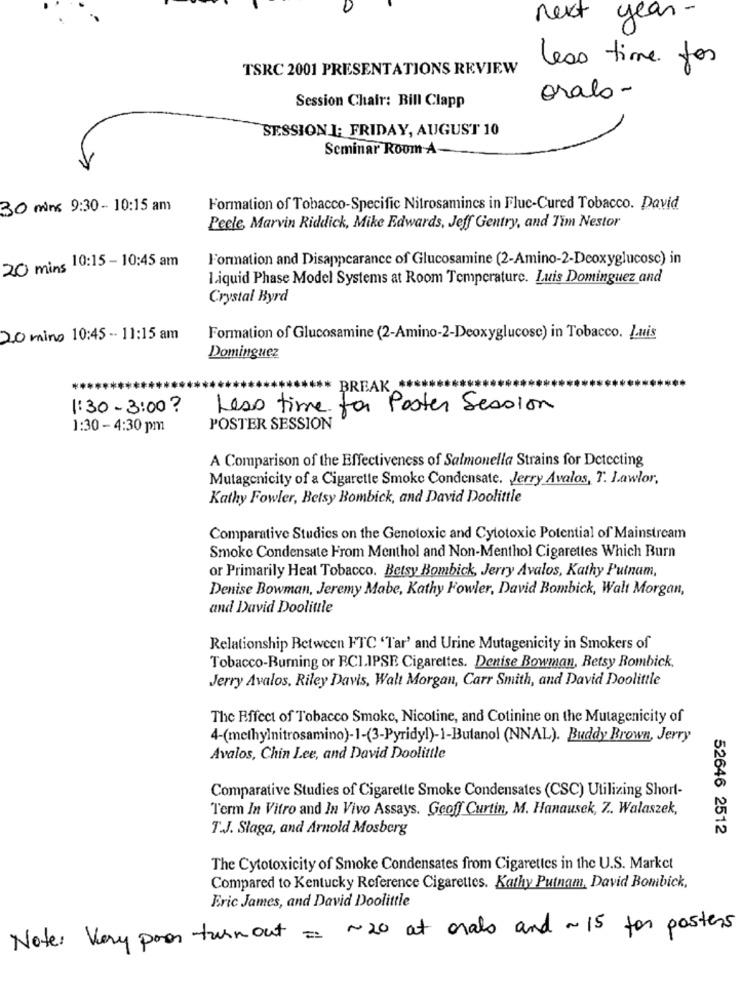
next year-
less time for
TSRC 2001 PRESENTATIONS REVIEW
Session Chair: Bill Clapp
oralo-
SESSIONI: FRIDAY, AUGUST 10
Seminar Room A-
30 mins 9:30 - 10:15 am
Formation of Tobacco-Specific Nitrosamincs in Fluc-Cured Tobacco. David
Peele Marvin Riddick, Mike Edwards, Jeff Gentry, and Tim Nestor
20 mins 10:15 - 10:45 am
Formation and Disappearance of Glucosamine (2-Amino-2-Deoxyglucose) in
Liquid Phase Model Systems at Room Temperature. Luis Dominguez and
Crystal Byrd
20 mins 10:45 - 11:15 am
Formation of Glucosamine (2-Amino-2-Deoxyglucose) in Tobacco. Luis
Dominguez
BREAK ***
1:30-3:00?
Less time for Poster Session
1:30 - 4:30 pm
POSTER SESSION
A Comparison of the Effectiveness of Salmonella Strains for Detecting
Mutagenicity of a Cigarette Smoke Condensate. Jerry Avalos, T. Lawlor,
Kathy Fowler, Betsy Bombick, and David Doolittle
Comparative Studies on the Genotoxic and Cytotoxic Potential of Mainstream
Smoke Condensate From Menthol and Non-Menthol Cigarettes Which Burn
or Primarily Heat Tobacco. Betsy Bombick, Jerry Avalos, Kathy Putnam,
Denise Bowman, Jeremy Mabe, Kathy Fowler, David Bombick, Walt Morgan,
and David Doolittle
Relationship Between FTC 'Tar' and Urine Mutagenicity in Smokers of
Tobacco-Burning or RCI.IPSE Cigarettes. Denise Bowman, Retsy Bombick,
Jerry Avalos, Riley Davis, Walt Morgan, Carr Smith, and David Doolittle
The Effect of Tobacco Smoke, Nicotine, and Cotinine on the Mutagenicity of
4-(methylnitrosamino)-1-(3-Pyridyl)-1-Butanol (NNAL). Buddy Brown, Jerry
Avalos, Chin Lee, and David Doolittle
Comparative Studies of Cigarette Smoke Condensates (CSC) Utilizing Short-
Term In Vitro and In Vivo Assays. Geoff Curtin, M. Hanausek, Z. Walaszek,
T.J. Slaga, and Arnold Mosberg
52646 2512
The Cytotoxicity of Smoke Condensates from Cigarettes in the U.S. Market
Compared to Kentucky Reference Cigarettes. Kathy Putnam, David Bombick,
Eric James, and David Doolittle
Note: Very poor turnout = ~ 20 at orals and ~ 15 for posters